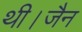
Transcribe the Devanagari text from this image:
थी।जैन